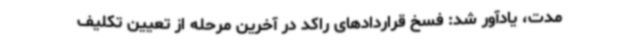
مدت، یادآور شد: فسخ قراردادهای راکد در آخرین مرحله از تعیین‌ تکلیف